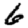
Digit: 6